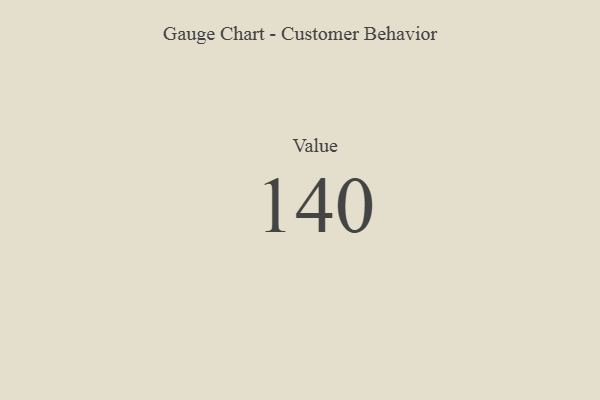
{"axis": {"x": "Metric", "y": "Value"}, "legend": [""], "data": [{"x": "Value", "y": 140, "type": ""}]}